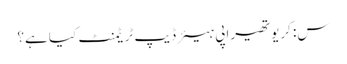
س: کریوتھیراپی ہیئر ڈیپ ٹریٹمنٹ کیا ہے؟